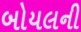
બોયલની